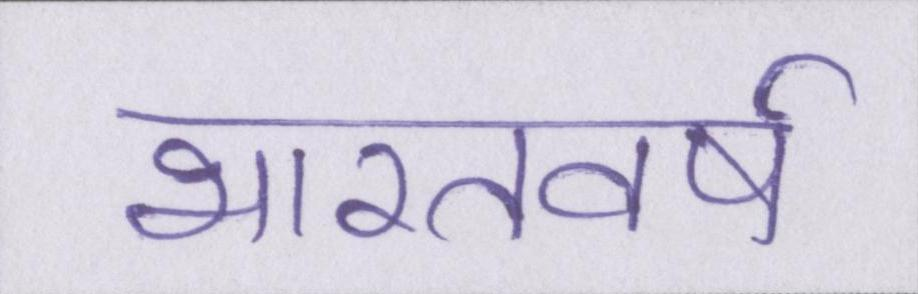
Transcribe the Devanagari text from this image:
भारतवर्ष